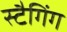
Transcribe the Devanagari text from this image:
स्टैगिंग